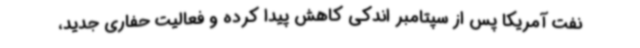
نفت آمریکا پس از سپتامبر اندکی کاهش پیدا کرده و فعالیت حفاری جدید،